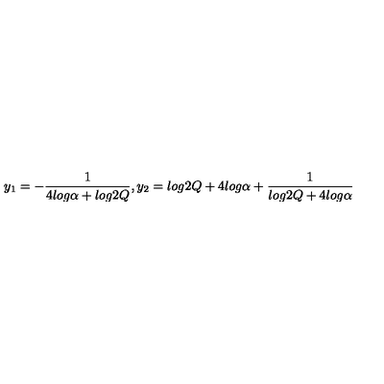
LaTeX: y _ { 1 } = - \frac { 1 } { 4 l o g \alpha + l o g 2 Q } , y _ { 2 } = l o g 2 Q + 4 l o g \alpha + \frac { 1 } { l o g 2 Q + 4 l o g \alpha }